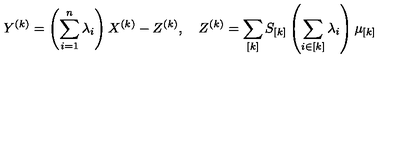
Y ^ { ( k ) } = \left( \sum _ { i = 1 } ^ { n } \lambda _ { i } \right) X ^ { ( k ) } - Z ^ { ( k ) } , \quad Z ^ { ( k ) } = \sum _ { [ k ] } S _ { [ k ] } \left( \sum _ { i \in [ k ] } \lambda _ { i } \right) \mu _ { [ k ] }